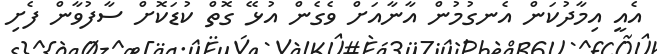
އެއީ އިމާދުކަން އެނގުމުން އާނާއަށް ވެގެން އުޅޭ ގޮތް ކުޑަކޮށް ސާފުވާން ފެށި